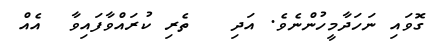
ގޮވައި ނަހަދާމީހުންނެވެ. އަދި   ތެރި ކުރައްވާފައިވާ  އެއް